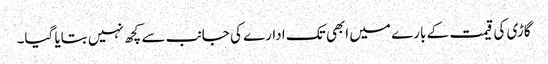
گاڑی کی قیمت کے بارے میں ابھی تک ادارے کی جانب سے کچھ نہیں بتایا گیا۔